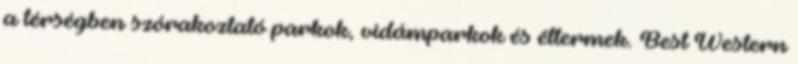
a térségben szórakoztató parkok, vidámparkok és éttermek. Best Western